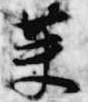
英